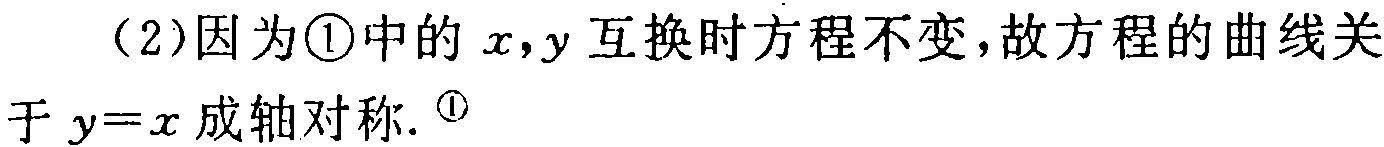
（2）因为\textcircled{1}中的\(x,y\)互换时方程不变，故方程的曲线关于\(y = x\)成轴对称. \textcircled{1}